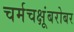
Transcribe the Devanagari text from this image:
चर्मचक्षूंबरोबर